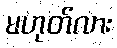
မဟုတ်လား